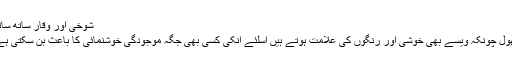
شوخی اور وقار ساتھ ساتھ
پھول چونکہ ویسے بھی خوشی اور رنگوں کی علامت ہوتے ہیں اسلئے انکی کسی بھی جگہ موجودگی خوشنمائی کا باعث بن سکتی ہے۔